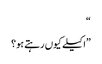
“
”اکیلے کیوں رہتے ہو؟